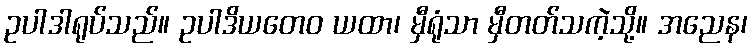
ဥပါဒါရုပ်သည်။ ဥပါဒိယတေဝ ယထာ၊ မှီရုံသာ မှီတတ်သကဲ့သို့။ အညေန၊